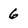
Character: 6